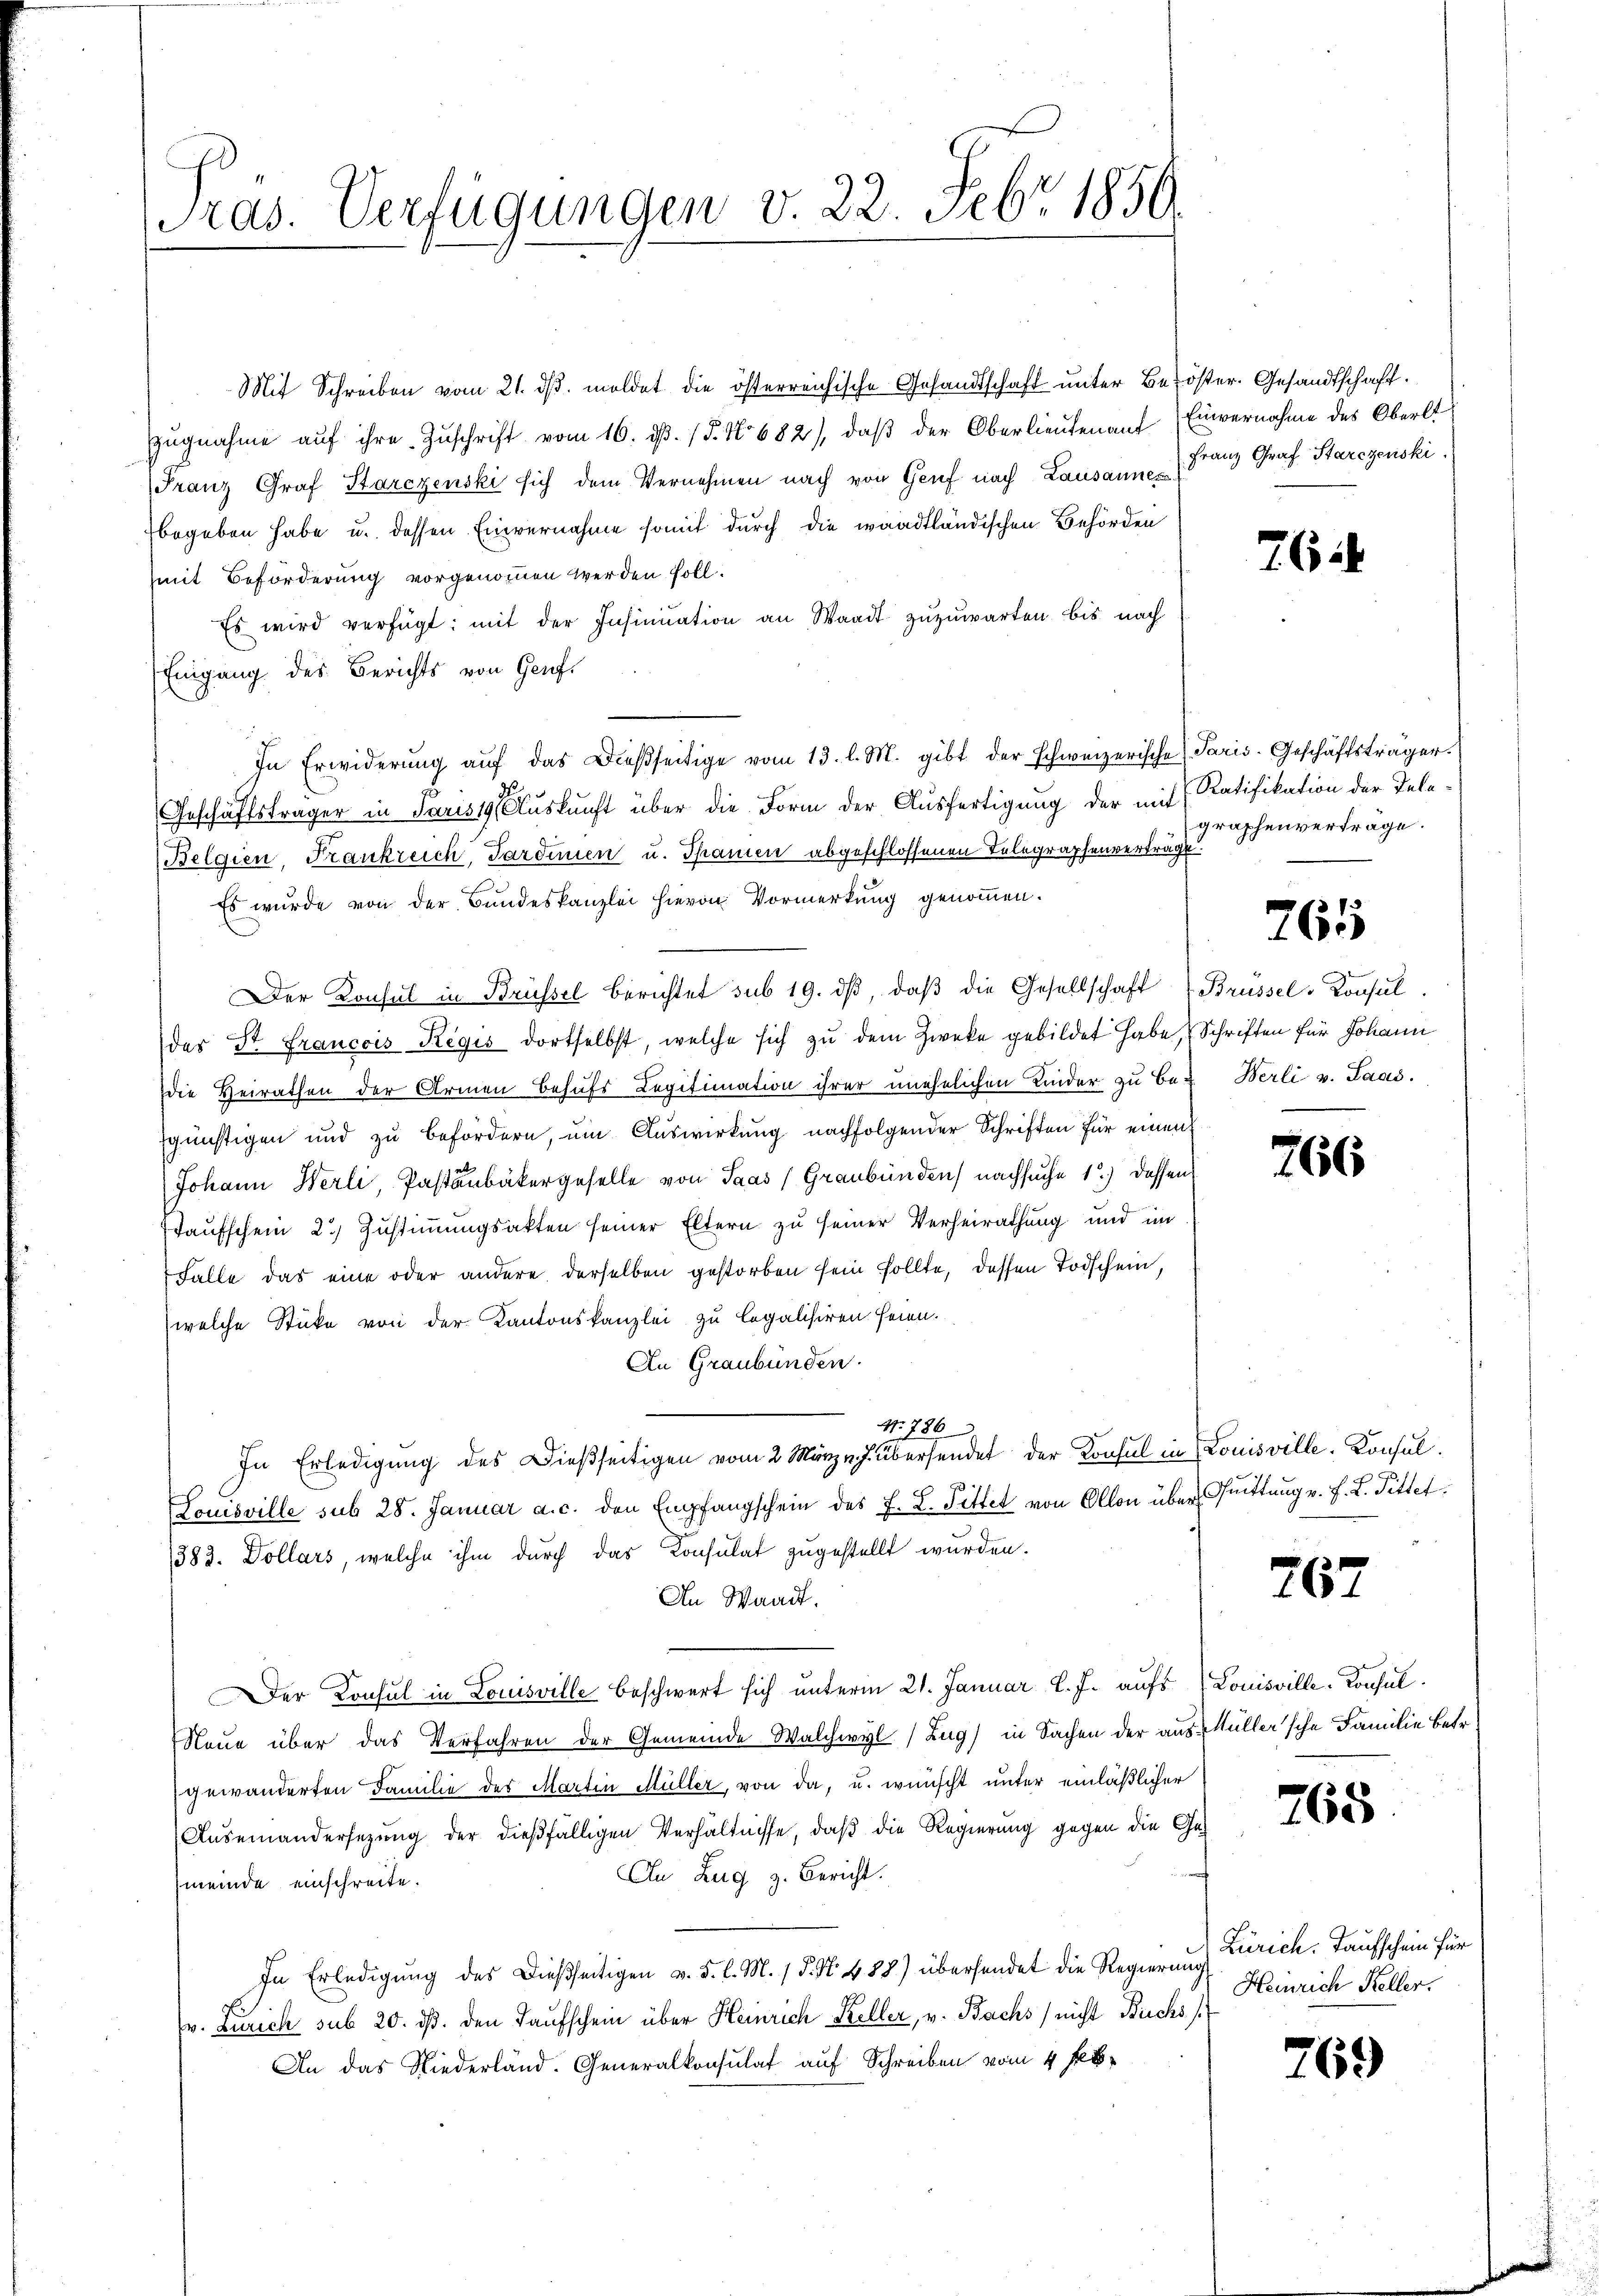
Pras. Verfügungen v. 22. Febr 1850.

Mit Schreiben vom 21. dβ. meldet die österreichische Gesandtschaft unter Beköster. Gesandtschaft.
zŭgnahme aŭf ihre Zŭschrift vom 16. dβ. (T. No 682), daβ der Oberlieŭten aŭf Einvernahme des Oberlt
Franz Graf Starczenski sich dem Vernehmen nach von Genf nach Lausanne Franz Graf Starezenski,
begeben habe u. dessen Einvernahme somit durch die waadtländischen Behörden
mit Beförderung vorgenommen werden soll.
Es wird verfügt: mit der Insinuation an Staadt zŭzŭwarten bis nach
Eingang des Berichts von Genf
In Erwiderŭng aŭf das Dießseitige vom 13. l. M. gibt der schweizerische Paris. Geschäftsträger.
Geschäftsträger in Paris 19. Auskunft über die Form der Ausfertigung der mit Ratifikation der Tele¬
Belgien, Frankreich, Pardien u. Spanien abgeschlossenen Telegraphenverträge.
Es wurde von der Bundeskanzlei hievon Vormerkung genommen.
Der Konsul in Brüssel berichtet sub 19. dβ, daβ die Gesellschaft (Brüssel-Konsul
der St. Francois Regis dortselbst, welche sich zu dem Zwecke gebildet habe, Schriften für Johann
die Heirathen der Armen Behufs Legitimation ihrer unehelichen Kinder zu bez Berli v. Laas.
günstigen und zu befördern, um Auswirkung nachfolgender Schriften für einen
Johann Werli, Pastäubäkergeselle von Paas (Graubünden nachsuche 1) dassen
Taufschein 2.) Zustimmungsakten seiner Eltern zu seiner Verheirathung und im
Falle das eine oder andere derselben gestorben sein sollte, dessen Todschein,
welche Stücke von der Kantonskanzlei zu legalisiren seien.
An Graubünden.
No. 786
In Erledigung des Dießseitigen vom 2. März v. J. übersendet der Konsul in Louisville. Konsul¬
Louisville sub 28. Januar a. c. den Empfangschein des F. L. Pittet von Ollon über Quittung v. h. L. Pittet.
1383. Dollars, welche ihm durch das Konsulat zugestellt wurden.
An Waadt.
Der Konsul in Louisville beschwert sich unterm 21. Januar l. J. aufs
Neue über das Verfahren der Gemeinde Walchwyl (Zug) in Sachen der aus Müller'sche Familie betr.
gewänderten Familie des Martin Müller, von da, u. wünscht unter einläßlicher
Auseinandersezung der dießfälligen Verhältnisse, daß die Regierung gegen die Ge¬
An Zug z. Bericht.
meinde einschreite.
In Erledigung des dießseitigen v. 5. l. M. 15. No. 488) überhandet die Regierung Zürich. Taufschein für
v. Zürich sub 20. dß. den Kaufschein über Heinrich Keller, v. Bachs) nicht Buchs
An das Niederländ. Generalkonsulat auf Schreiben vom 4 f

762

graphenverträge.

765

766

767

Louisville-Konsul

765

Heinrich Keller.

769